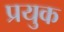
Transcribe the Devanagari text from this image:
प्रयुक